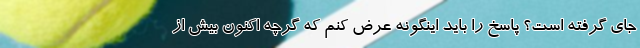
جاي گرفته است؟ پاسخ را ‌بايد اينگونه عرض كنم كه گرچه اكنون بيش از